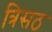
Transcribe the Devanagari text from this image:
त्रिसठ